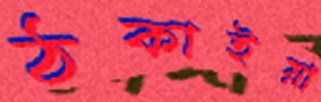
ঠকাইয়া